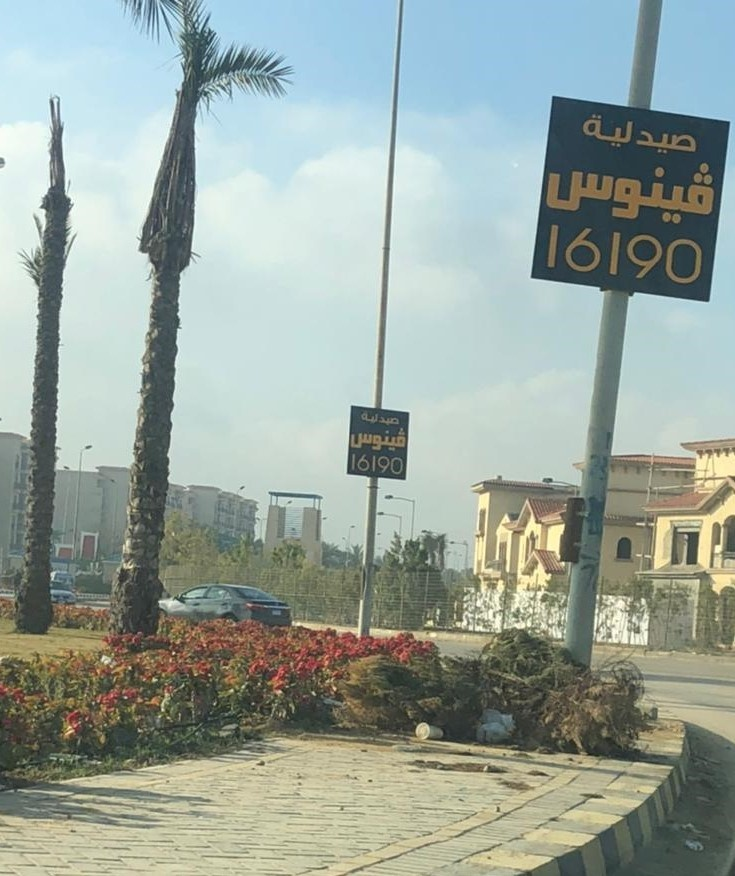
Text in image: صيدلية فينوس صيدلية فينوس 16190 16190